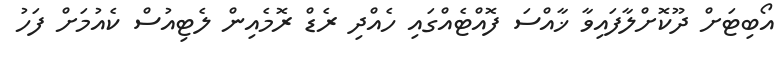
އޯބިޓަށް ދޫކޮށްލާފައިވާ ޚާއްސަ ފޮއްޓެއްގައި ހެއްދި ރެޑް ރޮމެއިން ލެޓިއުސް ކެއުމަށް ފަހު